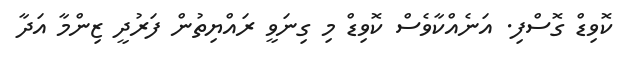
ކޮވިޑް ގޮސްފި. އަނެއްކާވެސް ކޮވިޑް މި ގިނަވީ ރައްޔިތުން ފަރުދީ ޒިންމާ އަދާ